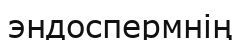
эндоспермнің